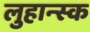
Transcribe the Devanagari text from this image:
लुहान्स्क